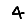
Digit: 4